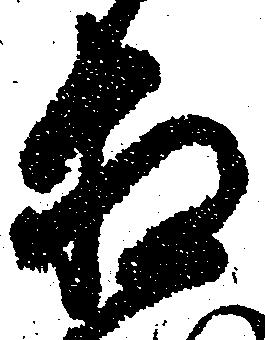
相